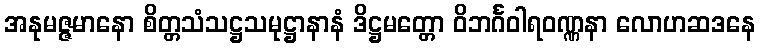
အနုမဇ္ဇမာနော စိတ္တသံသဋ္ဌသမုဋ္ဌာနာနံ ဒိဋ္ဌမတ္တော ဝိဘင်္ဂဝါရဝဏ္ဏနာ လောဟဆဒနေ